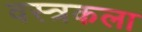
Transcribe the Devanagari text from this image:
वस्त्रकला